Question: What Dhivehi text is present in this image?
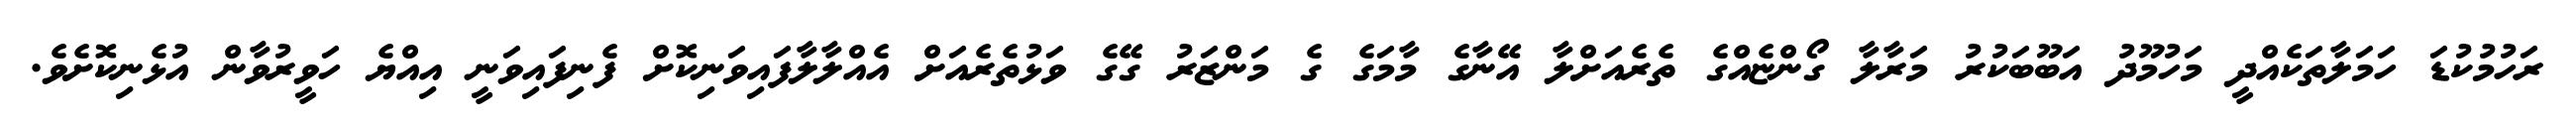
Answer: ރަހުމުކުޑަ ހަމަލާތަކެއްދީ މަހުމޫދު އަބޫބަކުރު މަރާލާ ގޯންޏެއްގެ ތެރެއަށްލާ އޭނާގެ މާމަގެ ގެ މަންޒަރު ގޭގެ ވަޅުތެރެއަށް އެއްލާލާފައިވަނިކޮށް ފެނިފައިވަނީ އިއްޔެ ހަވީރުވާން އުޅެނިކޮށެވެ.